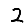
Digit: 2